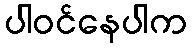
ပါဝင်နေပါက